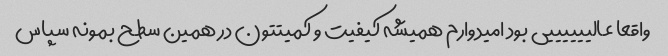
واقعا عالییییییی بود امیدوارم همیشه کیفیت و کمیتتون در همین سطح بمونه سپاس